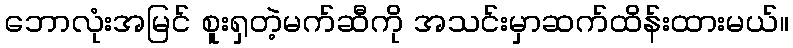
ဘောလုံးအမြင် စူးရှတဲ့မက်ဆီကို အသင်းမှာဆက်ထိန်းထားမယ်။